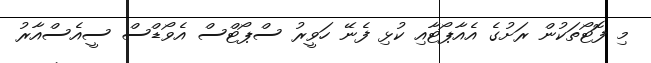
މި ފޮޓޯތަކުން ރަށުގެ އެއާޕޯޓާއި ކުޅި ފެނޭ ހަވީރު ސްޕޯޓްސް އެވޯޑްސް ސީއެސްއާރު